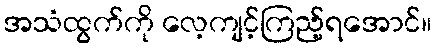
အသံထွက်ကို လေ့ကျင့်ကြည့်ရအောင်။